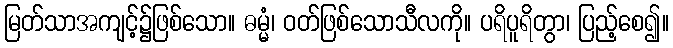
မြတ်သာအကျင့်၌ဖြစ်သော။ ဓမ္မံ၊ ဝတ်ဖြစ်သောသီလကို။ ပရိပူရိတွာ၊ ပြည့်စေ၍။